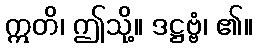
ဣတိ၊ ဤသို့။ ဒဋ္ဌဗ္ဗံ၊ ၏။